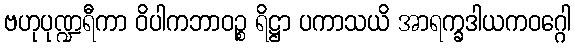
ဗဟုပုဏ္ဍရီကာ ဝိပါကဘာဝဉ္စ ရိဋ္ဌာ ပကာသယိ အာရက္ခဒါယကဝဂ္ဂေါ